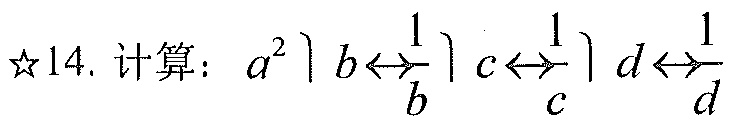
☆14. 计算：\(a^{2}\rrbracket b\leftrightarrow\frac{1}{b}\rrbracket c\leftrightarrow\frac{1}{c}\rrbracket d\leftrightarrow\frac{1}{d}\)